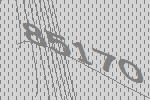
85170